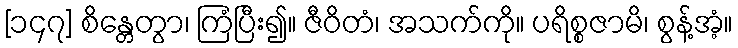
[၁၄၇] စိန္တေတွာ၊ ကြံပြီး၍။ ဇီဝိတံ၊ အသက်ကို။ ပရိစ္စဇာမိ၊ စွန့်အံ့။